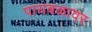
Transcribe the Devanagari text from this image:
पायबळावर